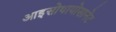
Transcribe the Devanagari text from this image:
आइसोथायोसानेट